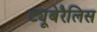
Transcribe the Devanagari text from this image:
ट्यूबेरैलिस